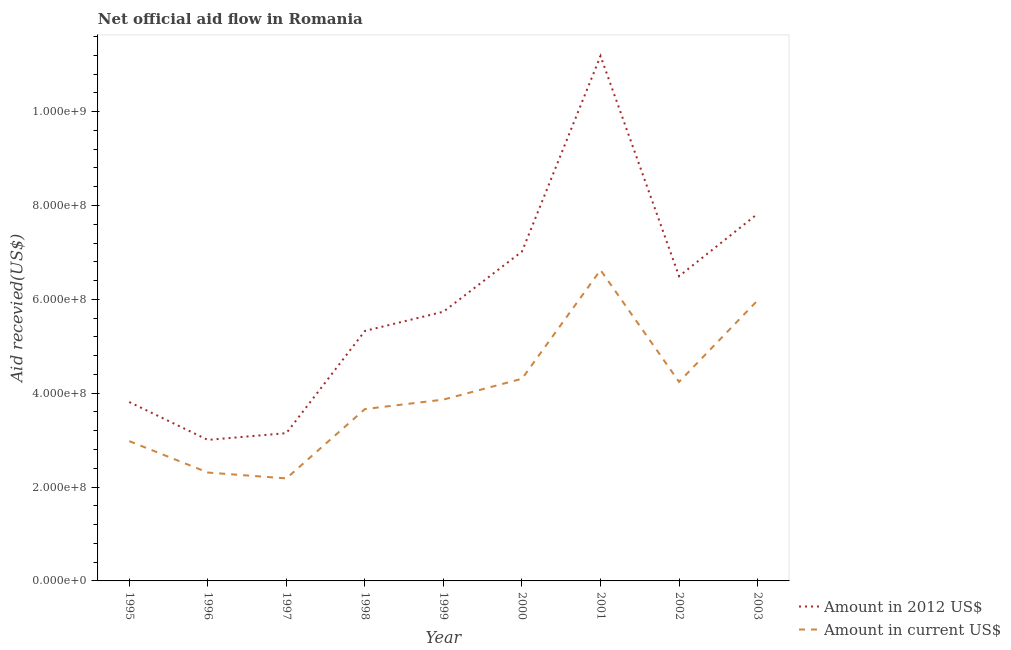
| Year | Amount in 2012 US$ | Amount in current US$ |
 | --- | --- | --- |
 | 1995 | 3.81e+08 | 2.98e+08 |
 | 1996 | 3e+08 | 2.31e+08 |
 | 1997 | 3.15e+08 | 2.18e+08 |
 | 1998 | 5.33e+08 | 3.66e+08 |
 | 1999 | 5.74e+08 | 3.86e+08 |
 | 2000 | 7.02e+08 | 4.31e+08 |
 | 2001 | 1.12e+09 | 6.62e+08 |
 | 2002 | 6.49e+08 | 4.24e+08 |
 | 2003 | 7.82e+08 | 5.98e+08 |